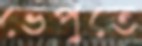
ভেঁপুতে